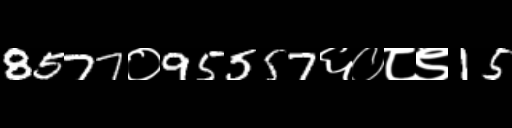
Text: 8577०95557६०८९15